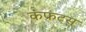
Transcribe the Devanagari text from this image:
कंफ्रंट्स